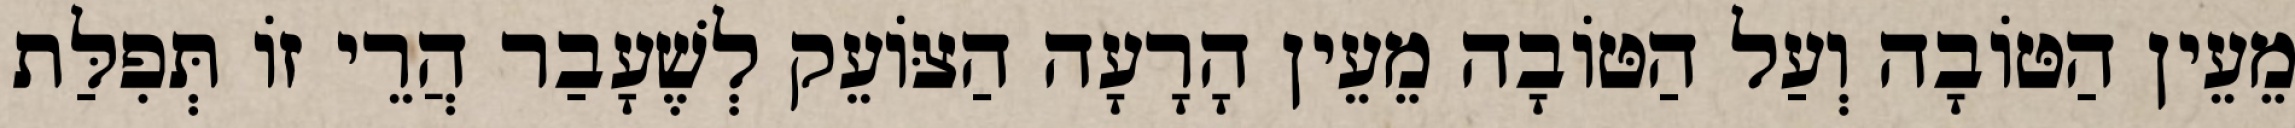
מֵעֵין הַטּוֹבָה וְעַל הַטּוֹבָה מֵעֵין הָרָעָה הַצּוֹעֵק לְשֶׁעָבַר הֲרֵי זוֹ תְּפִלַּת